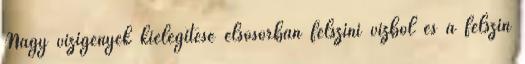
Nagy vízigények kielégítése elsősorban felszíni vízből és a felszín